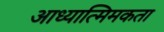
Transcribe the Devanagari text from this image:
आध्यात्मिमकता